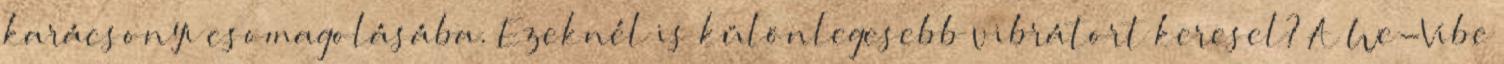
karácsonyi csomagolásába. Ezeknél is különlegesebb vibrátort keresel? A We-Vibe